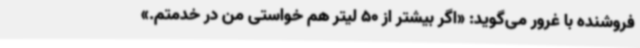
فروشنده با غرور می‌گوید: «اگر بیشتر از 50 لیتر هم خواستی من در خدمتم.»